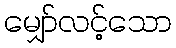
မျှော်လင့်သော